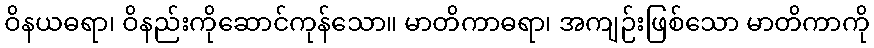
ဝိနယဓရာ၊ ဝိနည်းကိုဆောင်ကုန်သော။ မာတိကာဓရာ၊ အကျဉ်းဖြစ်သော မာတိကာကို